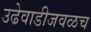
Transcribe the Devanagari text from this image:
उढेवाडीजवळच